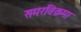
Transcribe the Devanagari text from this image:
समरविक्रमा